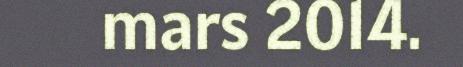
mars 2014.